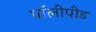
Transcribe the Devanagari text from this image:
पॉलीपीड